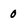
Character: 0